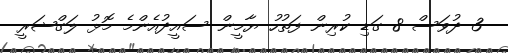
3 ދުވަސް 8 ގަޑި ކުރިން ފަތުހު ޔާމީން ސައީދުއެންމެ މޮޅު ލަގްޝަރީ